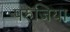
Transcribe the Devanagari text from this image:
परुजिया